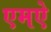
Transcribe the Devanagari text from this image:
एमऐ